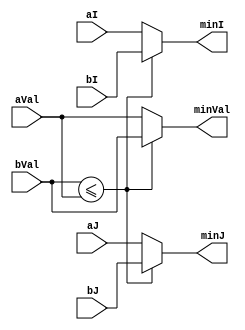
`timescale 1ns / 1ps

module Comparator(aVal, aI, aJ, bVal, bI, bJ,
                  minVal, minI, minJ);

    input [11:0] aVal, bVal;
    input [5:0] aI, aJ, bI, bJ;
    output reg [11:0] minVal;
    output reg [5:0] minI, minJ;

    always @(*) begin
        if (bVal <= aVal) begin
            minVal <= bVal;
            minI <= bI;
            minJ <= bJ;
        end else begin
            minVal <= aVal;
            minI <= aI;
            minJ <= aJ;
        end
    end

endmodule